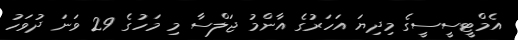
އެމްޓީސީސީގެ މިދިޔަ އަަހަރުގެ އާންމު ޖަލްސާ މި މަހުގެ 29 ވަނަ ދުވަހު